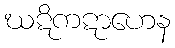
ဃဋိကဋာဟေန